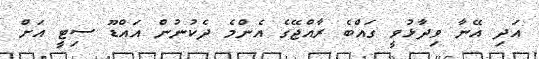
އަދި އޭނާ ވިދާޅުވީ ގައްބެ ރާއްޖޭގެ އެންމެ ދެކުނުން އައްޑޫ ސިޓީ އަށް